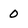
Character: 0